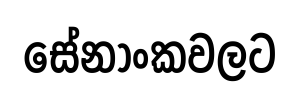
සේනාංකවලට